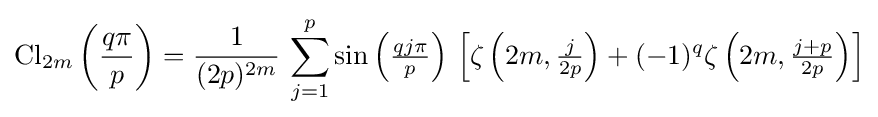
\operatorname {Cl} _{2m}\left({\frac {q\pi }{p}}\right)={\frac {1}{(2p)^{2m}}}\,\sum _{j=1}^{p}\sin \left({\tfrac {qj\pi }{p}}\right)\,\left[\zeta \left(2m,{\tfrac {j}{2p}}\right)+(-1)^{q}\zeta \left(2m,{\tfrac {j+p}{2p}}\right)\right]